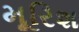
મૂરિશ